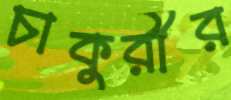
চাকুরীর